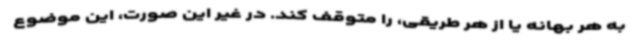
به هر بهانه یا از هر طریقی، را متوقف کند. در غیر این صورت، این موضوع